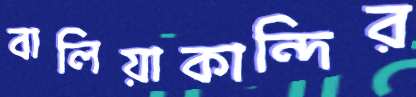
বালিয়াকান্দির